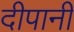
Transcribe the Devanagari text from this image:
दीपानी